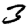
Digit: 3